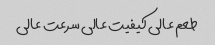
طعم عالی کیفیت عالی سرعت عالی